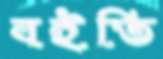
বইতি